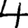
Digit: 4